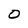
Character: O